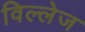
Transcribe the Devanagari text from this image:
विल्लेज